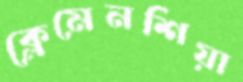
ক্লেমেনশিয়া